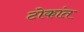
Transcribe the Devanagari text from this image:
टोकांत